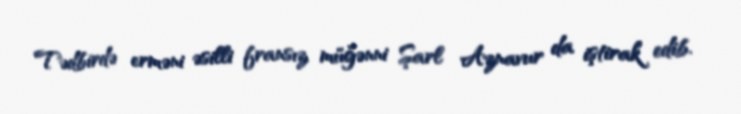
Tədbirdə erməni əsilli fransız müğənni Şarl Aznavur da iştirak edib.